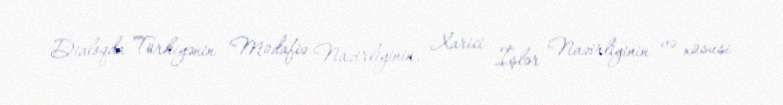
Dialoqda Türkiyənin Müdafiə Nazirliyinin, Xarici İşlər Nazirliyinin və xüsusi